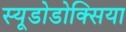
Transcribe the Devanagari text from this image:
स्यूडोडोक्सिया